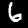
Digit: 6